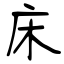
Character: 床